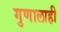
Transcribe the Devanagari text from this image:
गुणालाही